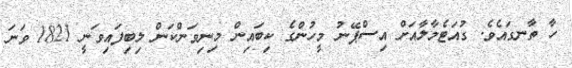
ހާ ތާނގައެވެ. ގުއަޓެމާލާއަށް އިސްޕޭނު މީހުންގެ ކިބައިން މިނިވަންކަން ލިބިފައިވަނީ 1821 ވަނަ